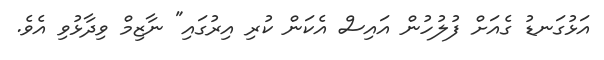
އަޅުގަނޑު ގެއަށް ފުލުހުން އައިސް އެކަން ކުރި އިރުގައި" ނާޒިމް ވިދާޅުވި އެވެ.